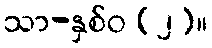
သာ-နှစ်ဝ (၂)။